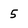
Character: 5